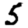
Digit: 5